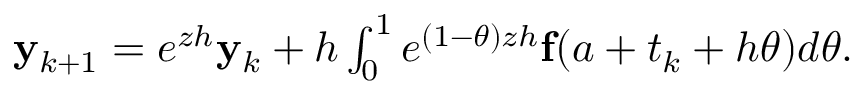
\begin{array} { r } { { \bf y } _ { k + 1 } = e ^ { z h } { \bf y } _ { k } + h \int _ { 0 } ^ { 1 } e ^ { ( 1 - \theta ) z h } { \bf f } ( a + t _ { k } + h \theta ) d \theta . } \end{array}